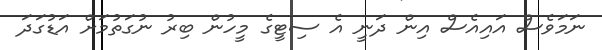
ނަމަވެސް އައިއެސް އިން ދަނީ އެ ސިޓީގެ މީހުން ބިރު ނުގަތުމަށް އަޑުގަދަ